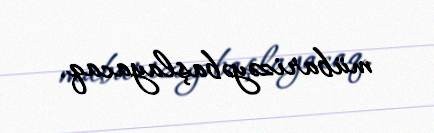
mübarizəyəbaşlayacaq.